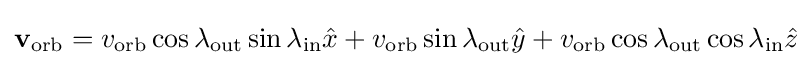
\mathbf {v} _{\mathrm {orb} }=v_{\mathrm {orb} }\cos \lambda _{\mathrm {out} }\sin \lambda _{\mathrm {in} }{\hat {x}}+v_{\mathrm {orb} }\sin \lambda _{\mathrm {out} }{\hat {y}}+v_{\mathrm {orb} }\cos \lambda _{\mathrm {out} }\cos \lambda _{\mathrm {in} }{\hat {z}}